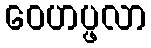
ဝေဟပ္ဖလာ